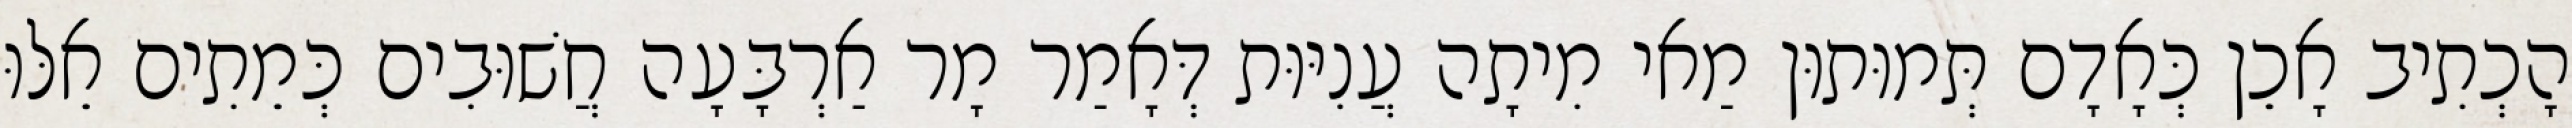
הָכְתִיב אָכֵן כְּאָדָם תְּמוּתוּן מַאי מִיתָה עֲנִיּוּת דְּאָמַר מָר אַרְבָּעָה חֲשׁוּבִים כְּמֵתִים אֵלּוּ